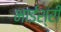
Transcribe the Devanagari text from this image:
भाईश्री